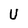
Character: U